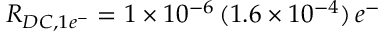
R _ { D C , 1 e ^ { - } } = 1 \times 1 0 ^ { - 6 } \, ( 1 . 6 \times 1 0 ^ { - 4 } ) \, e ^ { - }